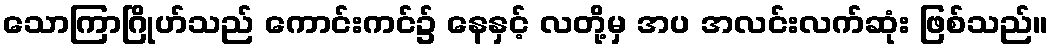
သောကြာဂြိုဟ်သည် ကောင်းကင်၌ နေနှင့် လတို့မှ အပ အလင်းလက်ဆုံး ဖြစ်သည်။